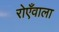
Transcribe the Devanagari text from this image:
रोएँवाला